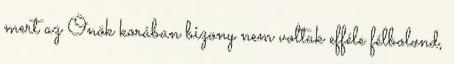
mert az Önök korában bizony nem voltak efféle félbolond,